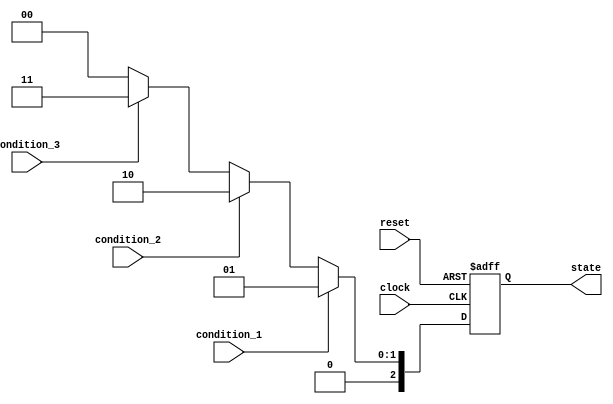
module state_machine (
  input wire clock,
  input wire reset,
  
  // Input signals for specifying conditions for state transitions
  input wire condition_1,
  input wire condition_2,
  input wire condition_3,
  
  // Output signals for the state machine states
  output reg [2:0] state
);

// State machine states
parameter STATE_IDLE = 3'b000;
parameter STATE_A = 3'b001;
parameter STATE_B = 3'b010;
parameter STATE_C = 3'b011;

// Priority encoding logic
reg [2:0] next_state;

always @ (*) begin
  if (condition_1) begin
    next_state = STATE_A;
  end
  else if (condition_2) begin
    next_state = STATE_B;
  end
  else if (condition_3) begin
    next_state = STATE_C;
  end
  else begin
    next_state = STATE_IDLE;
  end
end

// State machine logic
always @(posedge clock or posedge reset) begin
  if (reset) begin
    state <= STATE_IDLE;
  end
  else begin
    state <= next_state;
  end
end

endmodule